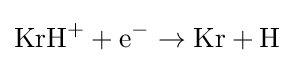
{\rm {KrH^{+}+e^{-}\rightarrow Kr+H}}